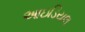
આઇડિયલ